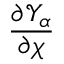
\frac { \partial { \mathscr Y } _ { \alpha } } { \partial \chi }